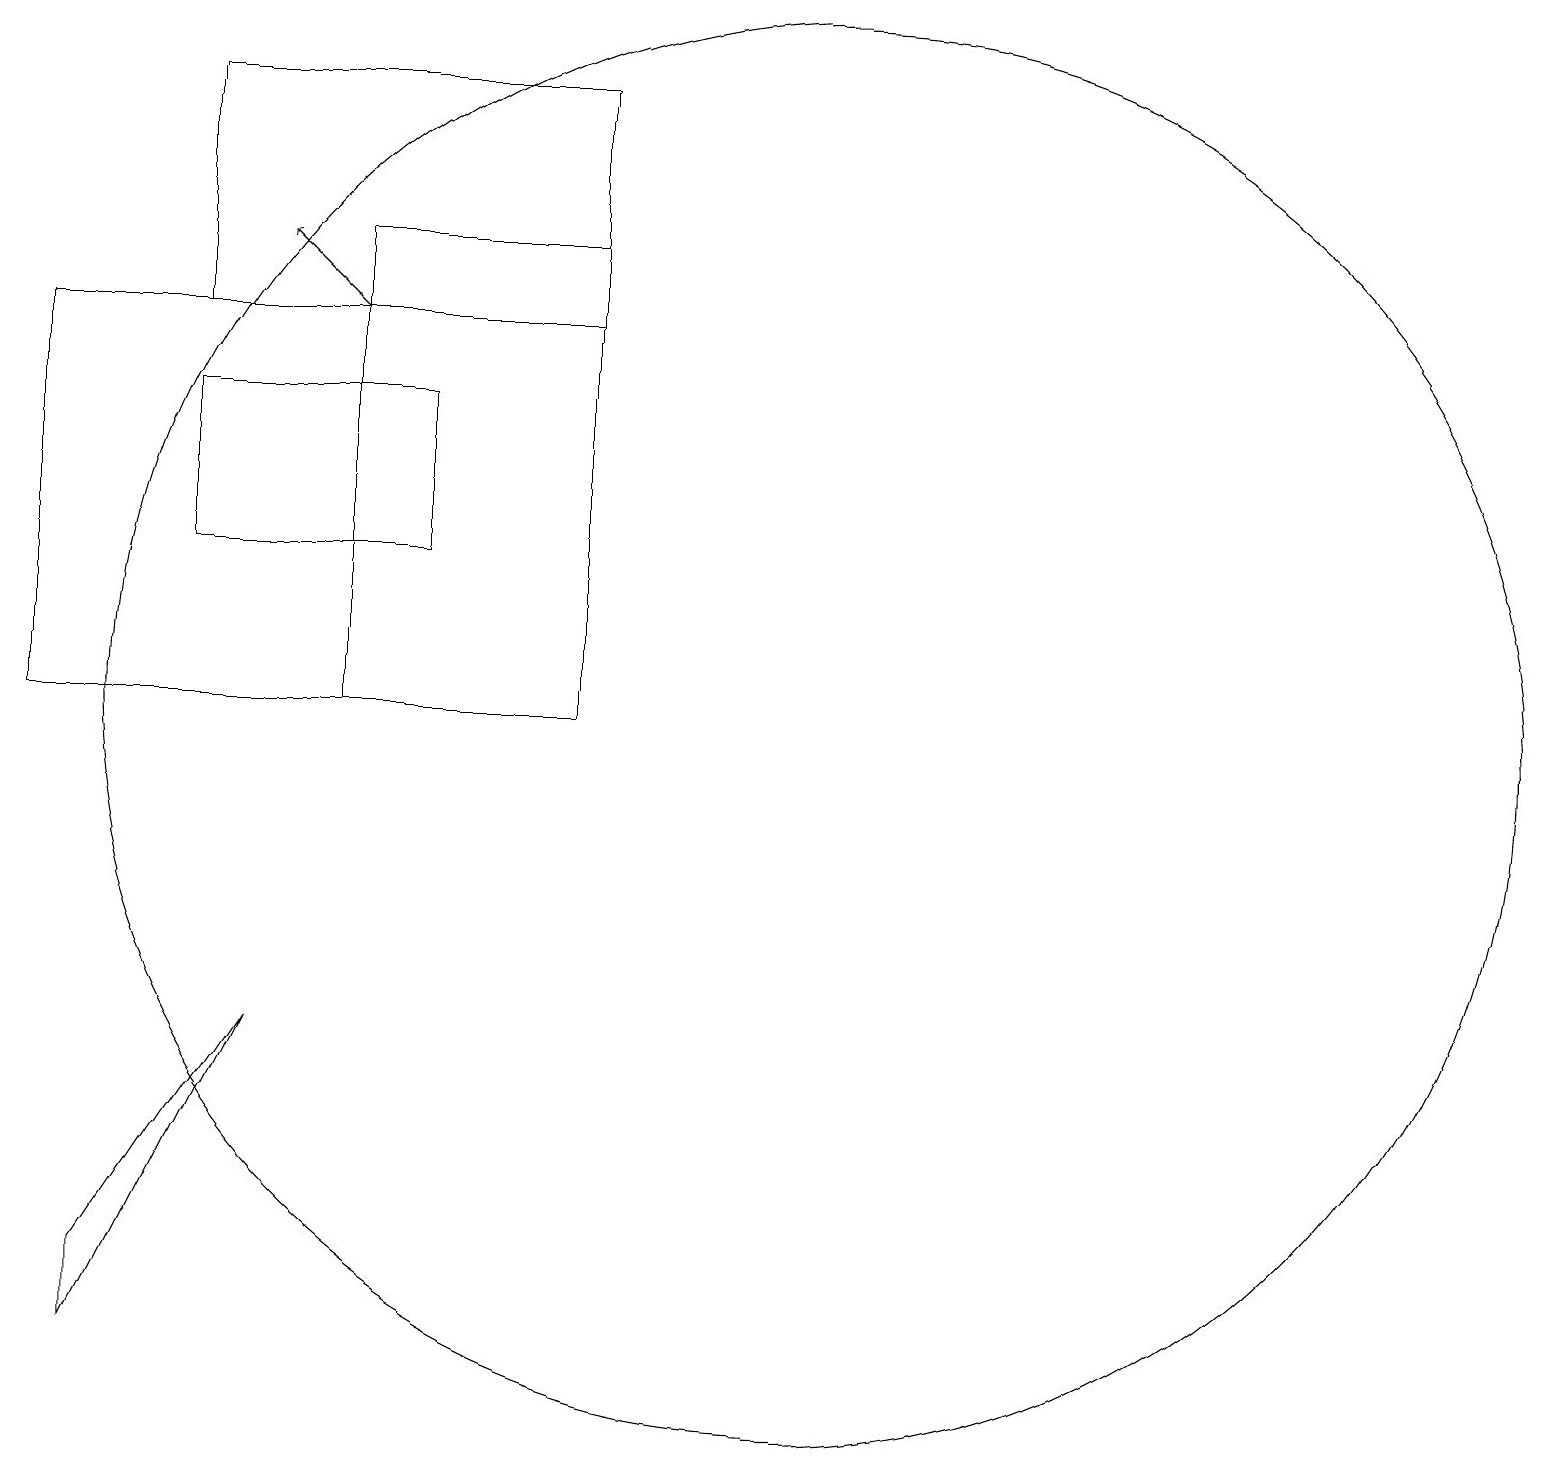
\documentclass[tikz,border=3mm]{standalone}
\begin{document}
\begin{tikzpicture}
\draw (8,11) rectangle (5,17);
\draw (3,16) rectangle (8,19);
\draw (6,13) rectangle (3,15);
\draw (2,3) -- (2,4) -- (4,7) -- cycle;
\draw[->] (5,16) -- (4,17);
\draw (11,11) circle (9);
\draw (8,16) rectangle (1,11);
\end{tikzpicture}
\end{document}